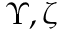
\Upsilon , \zeta